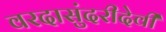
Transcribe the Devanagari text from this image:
वरदासुंदरीदेवी